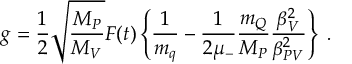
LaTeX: g = \frac { 1 } { 2 } \sqrt { \frac { M _ { P } } { M _ { V } } } F ( t ) \left\{ \frac { 1 } { m _ { q } } - \frac { 1 } { 2 \mu _ { - } } \frac { m _ { Q } } { M _ { P } } \frac { \beta _ { V } ^ { 2 } } { \beta _ { P V } ^ { 2 } } \right\} \; .